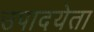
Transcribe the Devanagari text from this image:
उपादयेता